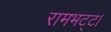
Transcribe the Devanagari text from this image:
रामभट्ट।